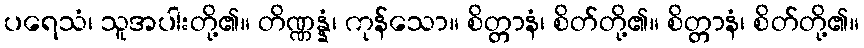
ပရေသံ၊ သူအပါးတို့၏။ တိဏ္ဏန္နံ၊ ကုန်သော။ စိတ္တာနံ၊ စိတ်တို့၏။ စိတ္တာနံ၊ စိတ်တို့၏။